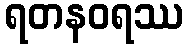
ရတနဝရဿ